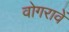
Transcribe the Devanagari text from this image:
वोगरावें